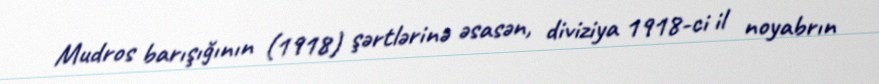
Mudros barışığının (1918) şərtlərinə əsasən, diviziya 1918-ci il noyabrın